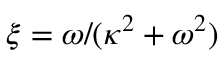
\xi = \omega / ( \kappa ^ { 2 } + \omega ^ { 2 } )